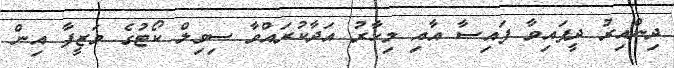
ދިންއިރު ދީފައިވާ ފައިސާ އާއި މިހާރު އަދާކުރައްވާ ސިވިލް ކޯޓުގެ ވަޒީފާ އިން